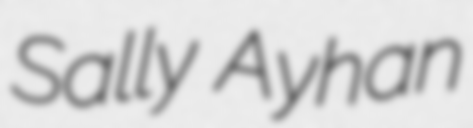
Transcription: Sally Ayhan